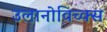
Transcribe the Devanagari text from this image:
उलानोविच्क्स